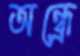
অন্ধ্রে